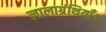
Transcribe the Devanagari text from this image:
लालाग्रंथियाँ।